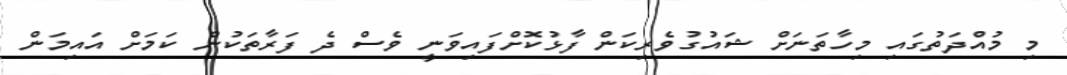
މި މުއްދަތުގައި މިހާތަނަށް ޝައުގުވެރިކަން ފާޅުކޮށްފައިވަނީ ވެސް ދެ ފަރާތަކުން ކަމަށް އައިމަން